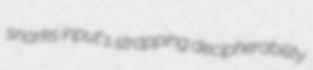
snarks input's strapping decipherability